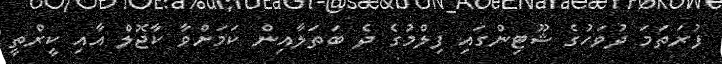
ފުރަތަމަ ދުވަހުގެ ޝޫޓިންގައި ފިލްމުގެ ދެ ބަތަލާއިން ކަމަށްވާ ކާޖޮލް އާއި ކީރްތީ